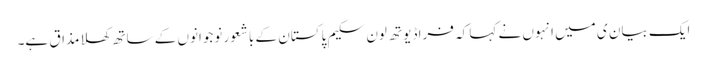
ایک بیان ی میں انہوں نے کہا کہ فراڈ یوتھ لون سکیم پاکستان کے باشعور نوجوانوں کے ساتھ کھلا مذاق ہے۔